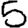
Digit: 5